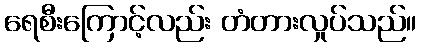
ရေစီးကြောင့်လည်း တံတားလှုပ်သည်။